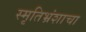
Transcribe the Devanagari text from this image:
स्मृतिभ्रंशाचा